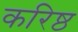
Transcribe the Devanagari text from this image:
करिष्ठ